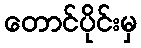
တောင်ပိုင်းမှ